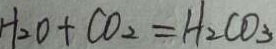
H _ { 2 } O + C O _ { 2 } = H _ { 2 } C O _ { 3 }